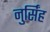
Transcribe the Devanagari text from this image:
नुर्सिंह